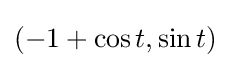
(-1+\cos t,\sin t)